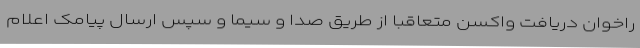
راخوان دریافت واکسن متعاقبا از طریق صدا و سیما و سپس ارسال پیامک اعلام